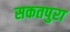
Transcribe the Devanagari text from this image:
सकतपुरा